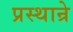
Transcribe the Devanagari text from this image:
प्रस्थान्रे